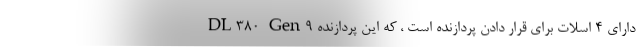
DL380 Gen9 دارای ۴ اسلات برای قرار دادن پردازنده است ، که این پردازنده